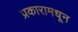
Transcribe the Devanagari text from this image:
प्रकारामधून